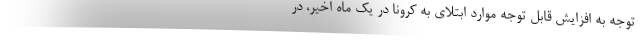
توجه به افزایش قابل توجه موارد ابتلای به کرونا در یک ماه اخیر، در